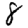
Digit: 8